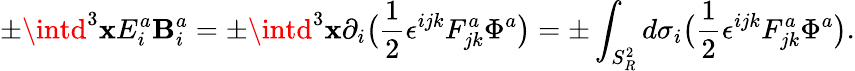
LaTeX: \pm\intd^{3}\mathbf{x}E_{i}^{a}\mathbf{B}_{i}^{a}=\pm\intd^{3}\mathbf{x}\partial_{i}\big({\frac{{1}}{{2}}}\epsilon^{ijk}F_{jk}^{a}\Phi^{a}\big)=\pm\int_{S_{R}^{2}}d\sigma_{i}\big({\frac{{1}}{{2}}}\epsilon^{ijk}F_{jk}^{a}\Phi^{a}\big).